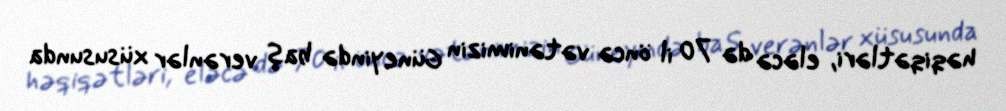
həqiqətləri, eləcə də 70 il öncə vətənimizin Güneyində baş verənlər xüsusunda